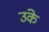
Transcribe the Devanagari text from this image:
उंके